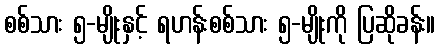
စစ်သား ၅-မျိုးနှင့် ရဟန်းစစ်သား ၅-မျိုးကို ပြဆိုခန်း။